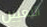
التعيين